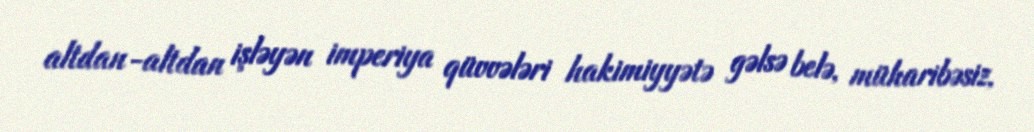
altdan-altdan işləyən imperiya qüvvələri hakimiyyətə gəlsə belə, müharibəsiz,